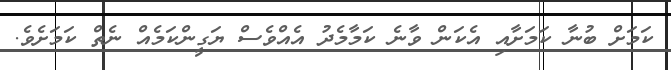
ކަމަށް ބުނާ ކަމަށާއި އެކަން ވާނެ ކަމާމެދު އެއްވެސް ޔަގީންކަމެއް ނެތް ކަމަށެވެ.